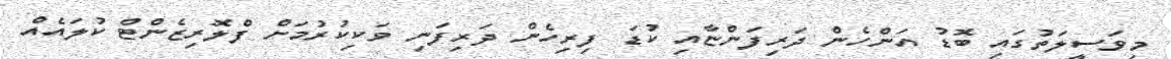
މިވަސީލަތުގައި ބޮޑު އަންހެން ދަރިފަންޏާއި ކުޑަ ފިރިހެން ދަރިފަނި ވަކިކުރުމަށް ފްލޮރިޒެންޓް ކުލައެއް